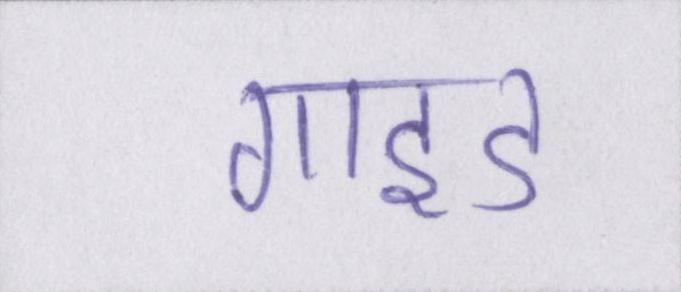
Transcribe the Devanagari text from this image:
गाइड